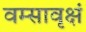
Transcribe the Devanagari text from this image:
वम्सावृक्षं